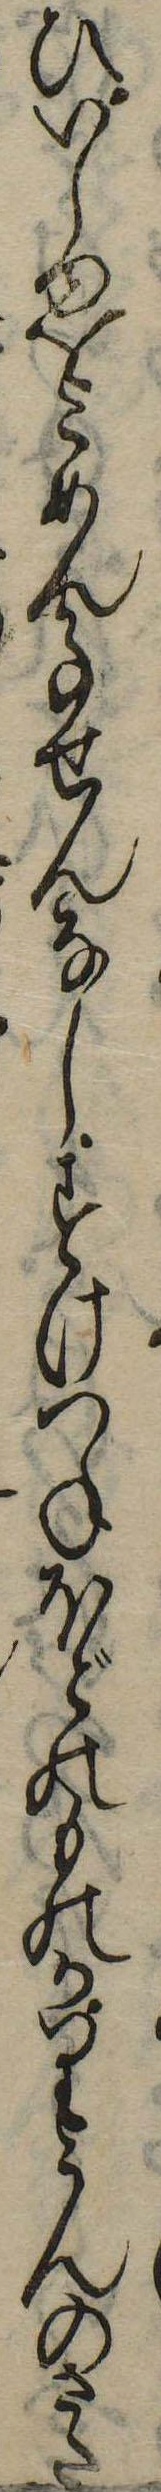
ひいしゆをこめん事せんなしすけつねほどのものかりうんのさた